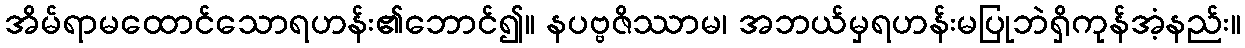
အိမ်ရာမထောင်သောရဟန်း၏ဘောင်၍။ နပဗ္ဗဇိဿာမ၊ အဘယ်မှရဟန်းမပြုဘဲရှိကုန်အံ့နည်း။